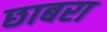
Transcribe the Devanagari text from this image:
छाबरा